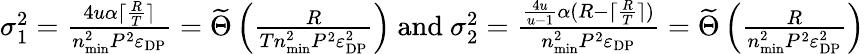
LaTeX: \begin{array}{r}{\sigma_{1}^{2}=\frac{4u\alpha\lceil\frac{R}{T}\rceil}{n_{\mathrm{min}}^{2}P^{2}\varepsilon_{\mathrm{DP}}}=\widetilde\Theta\left(\frac{R}{Tn_{\mathrm{min}}^{2}P^{2}\varepsilon_{\mathrm{DP}}^{2}}\right)\mathrm{~and~}\sigma_{2}^{2}=\frac{\frac{4u}{u-1}\alpha(R-\lceil\frac{R}{T}\rceil)}{n_{\mathrm{min}}^{2}P^{2}\varepsilon_{\mathrm{DP}}}=\widetilde\Theta\left(\frac{R}{n_{\mathrm{min}}^{2}P^{2}\varepsilon_{\mathrm{DP}}^{2}}\right)}\end{array}